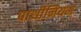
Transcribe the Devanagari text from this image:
पार्थीनियम